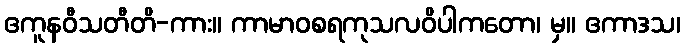
ဧကူနဝီသတီတိ-ကား။ ကာမာဝစရကုသလဝိပါကတော၊ မှ။ ဧကာဒသ၊